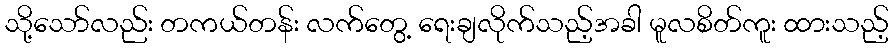
သို့သော်လည်း တကယ်တန်း လက်တွေ့ ရေးချလိုက်သည့်အခါ မူလစိတ်ကူး ထားသည့်